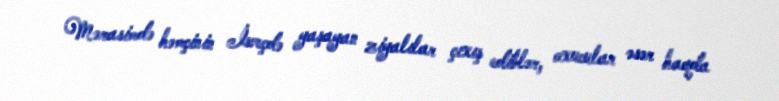
Mərasimdə həmçinin İsveçdə yaşayan ziyalılar çıxış ediblər, oxucular əsər haqda